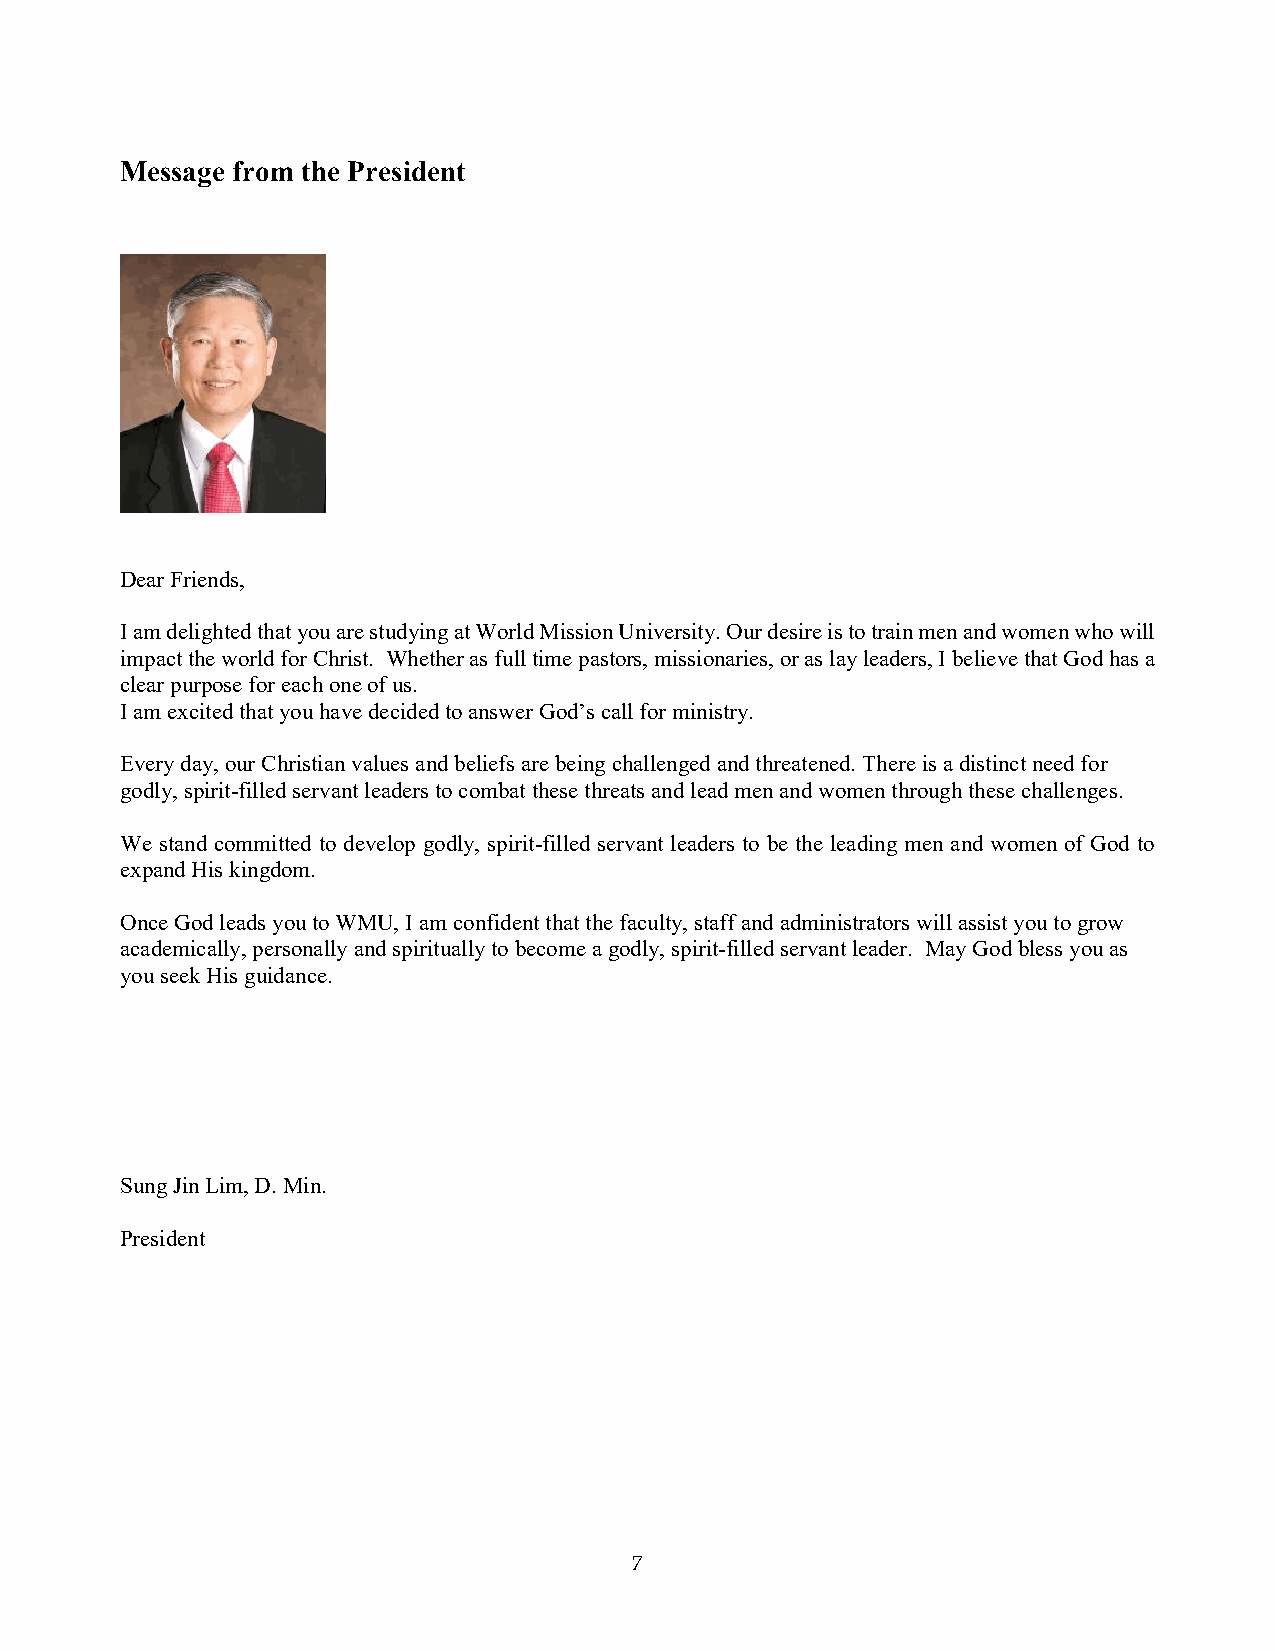
Message from the President
 Dear Friends,
 I am delighted that you are studying at World Mission University. Our desire is to train men and women who will
 impact the world for Christ. Whether as full time pastors, missionaries, or as lay leaders, I believe that God has a
 clear purpose for each one of us.
 I am excited that you have decided to answer God’s call for ministry.
 Every day, our Christian values and beliefs are being challenged and threatened. There is a distinct need for
 godly, spirit-filled servant leaders to combat these threats and lead men and women through these challenges.
 We stand committed to develop godly, spirit-filled servant leaders to be the leading men and women of God to
 expand His kingdom.
 Once God leads you to WMU, I am confident that the faculty, staff and administrators will assist you to grow
 academically, personally and spiritually to become a godly, spirit-filled servant leader. May God bless you as
 you seek His guidance.
 Sung Jin Lim, D. Min.
 President
 7